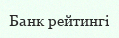
Банк рейтингі